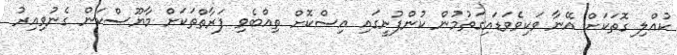
ކުއްލި ގޮތަކަށް އޭނާ ވަކިވެވަޑައިގަތުމުން ކުންފުނީގައި އިސްކޮށް ތިއްބެވި ފަރާތްތަކަށް މާޔޫސްކަން ގެނުވިއިރު